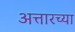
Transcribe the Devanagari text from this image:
अत्तारच्या